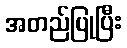
အတည်ပြုပြီး